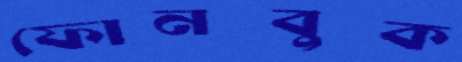
ফোনবুক